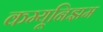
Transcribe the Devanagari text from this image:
कम्यूनिझम